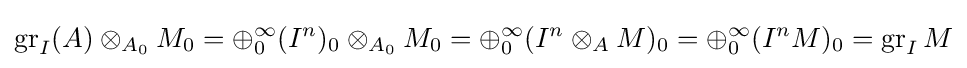
\operatorname {gr} _{I}(A)\otimes _{A_{0}}M_{0}=\oplus _{0}^{\infty }(I^{n})_{0}\otimes _{A_{0}}M_{0}=\oplus _{0}^{\infty }(I^{n}\otimes _{A}M)_{0}=\oplus _{0}^{\infty }(I^{n}M)_{0}=\operatorname {gr} _{I}M